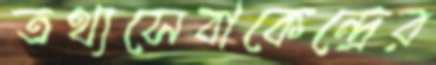
তথ্যসেবাকেন্দ্রের